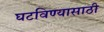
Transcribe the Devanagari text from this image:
घटविण्यासाठी